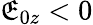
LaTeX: \mathfrak{E}_{0z}<0